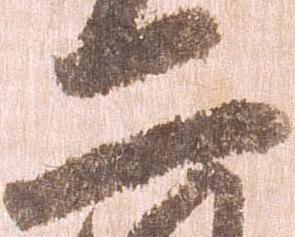
二